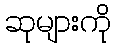
ဆုများကို